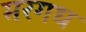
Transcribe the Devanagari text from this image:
मरगध